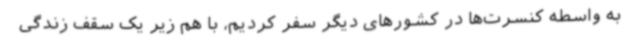
به واسطه کنسرت‌ها در کشورهای دیگر سفر کردیم، با هم زیر یک سقف زندگی